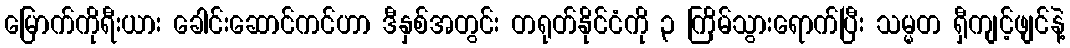
မြောက်ကိုရီးယား ခေါင်းဆောင်ကင်ဟာ ဒီနှစ်အတွင်း တရုတ်နိုင်ငံကို ၃ ကြိမ်သွားရောက်ပြီး သမ္မတ ရှီကျင့်ဖျင်နဲ့